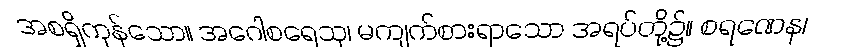
အစရှိကုန်သော။ အဂေါစရေသု၊ မကျက်စားရာသော အရပ်တို့၌။ စရဏေန၊